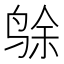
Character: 𱉸